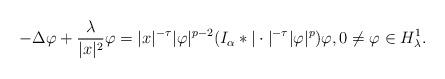
LaTeX: \begin{align*}-\Delta \varphi+\frac{\lambda}{|x|^2}\varphi=|x|^{-\tau}|\varphi|^{p-2}(I_\alpha *|\cdot|^{-\tau}|\varphi|^p)\varphi,0\neq \varphi\in {H^1_\lambda}.\end{align*}